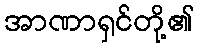
အာဏာရှင်တို့၏